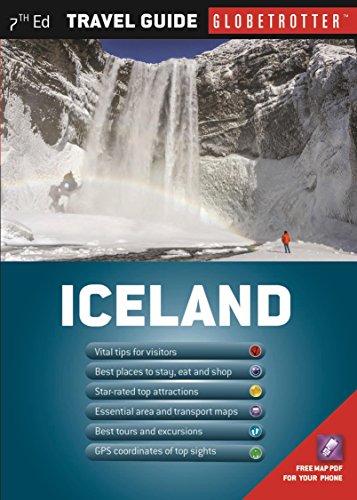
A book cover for Iceland Travel Pack (Globetrotter Travel Pack. Iceland); Rowland Mead; Travel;